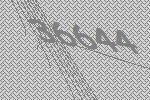
36644